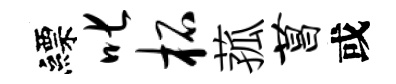
縹叱柘菰菖或